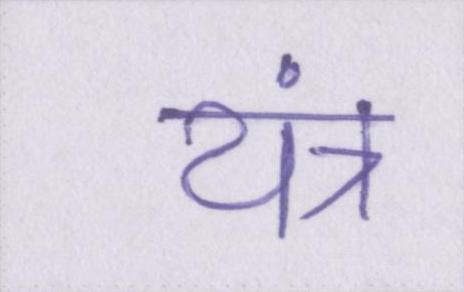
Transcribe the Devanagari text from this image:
यंत्र